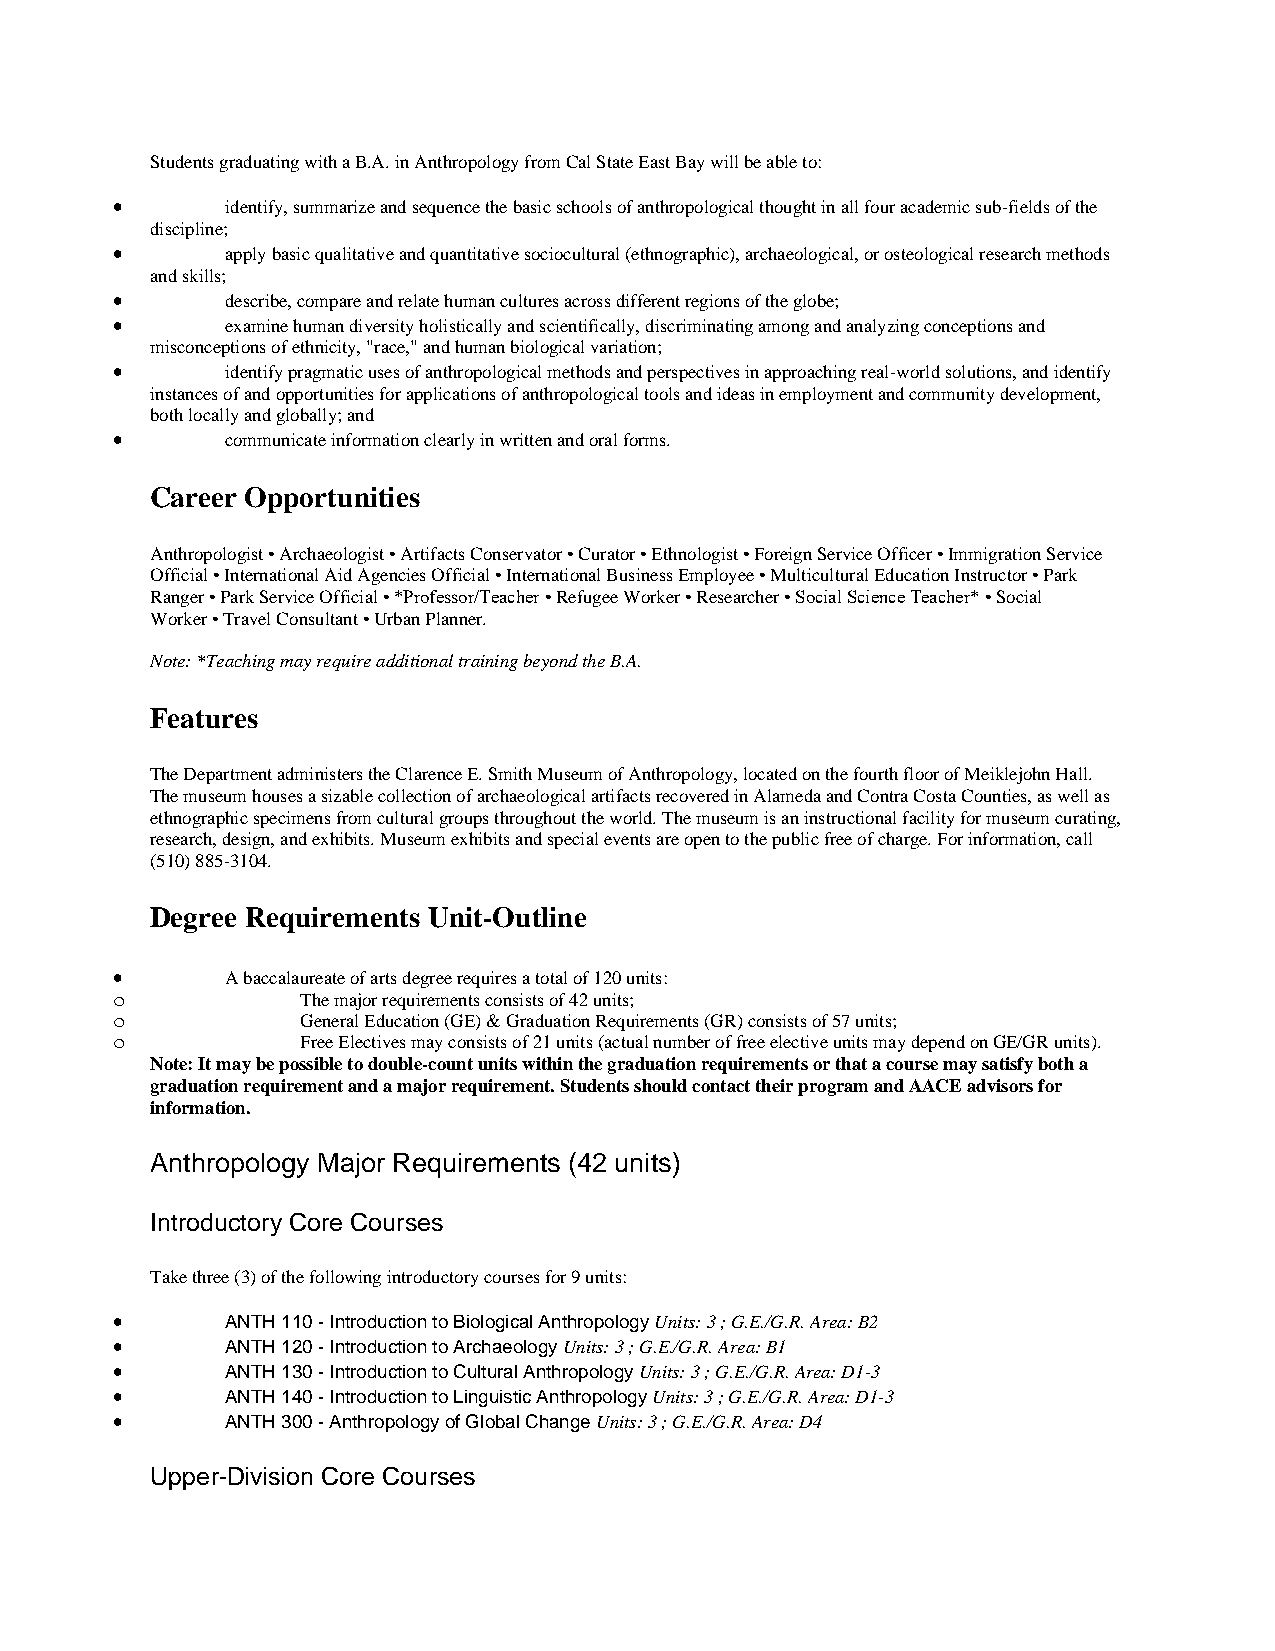
Students graduating with a B.A. in Anthropology from Cal State East Bay will be able to:
 •       identify, summarize and sequence the basic schools of anthropological thought in all four academic sub-fields of the
 discipline;
 •       apply basic qualitative and quantitative sociocultural (ethnographic), archaeological, or osteological research methods
 and skills;
 •       describe, compare and relate human cultures across different regions of the globe;
 •       examine human diversity holistically and scientifically, discriminating among and analyzing conceptions and
 misconceptions of ethnicity, "race," and human biological variation;
 •       identify pragmatic uses of anthropological methods and perspectives in approaching real-world solutions, and identify
 instances of and opportunities for applications of anthropological tools and ideas in employment and community development,
 both locally and globally; and
 •       communicate information clearly in written and oral forms.
 Career Opportunities
 Anthropologist • Archaeologist • Artifacts Conservator • Curator • Ethnologist • Foreign Service Officer • Immigration Service
 Official • International Aid Agencies Official • International Business Employee • Multicultural Education Instructor • Park
 Ranger • Park Service Official • *Professor/Teacher • Refugee Worker • Researcher • Social Science Teacher* • Social
 Worker • Travel Consultant • Urban Planner.
 Note: *Teaching may require additional training beyond the B.A.
 Features
 The Department administers the Clarence E. Smith Museum of Anthropology, located on the fourth floor of Meiklejohn Hall.
 The museum houses a sizable collection of archaeological artifacts recovered in Alameda and Contra Costa Counties, as well as
 ethnographic specimens from cultural groups throughout the world. The museum is an instructional facility for museum curating,
 research, design, and exhibits. Museum exhibits and special events are open to the public free of charge. For information, call
 (510) 885-3104.
 Degree Requirements Unit-Outline
 •       A baccalaureate of arts degree requires a total of 120 units:
 o            The major requirements consists of 42 units;
 o            General Education (GE) & Graduation Requirements (GR) consists of 57 units;
 o            Free Electives may consists of 21 units (actual number of free elective units may depend on GE/GR units).
 Note: It may be possible to double-count units within the graduation requirements or that a course may satisfy both a
 graduation requirement and a major requirement. Students should contact their program and AACE advisors for
 information.
 Anthropology Major Requirements (42 units)
 Introductory Core Courses
 Take three (3) of the following introductory courses for 9 units:
 •       ANTH 110 - Introduction to Biological Anthropology Units: 3 ; G.E./G.R. Area: B2
 •       ANTH 120 - Introduction to Archaeology Units: 3 ; G.E./G.R. Area: B1
 •       ANTH 130 - Introduction to Cultural Anthropology Units: 3 ; G.E./G.R. Area: D1-3
 •       ANTH 140 - Introduction to Linguistic Anthropology Units: 3 ; G.E./G.R. Area: D1-3
 •       ANTH 300 - Anthropology of Global Change Units: 3 ; G.E./G.R. Area: D4
 Upper-Division Core Courses